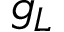
g _ { L }